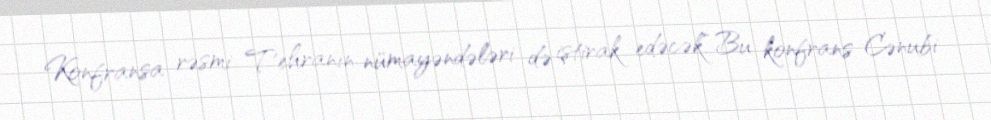
Konfransa rəsmi Tehranın nümayəndələri də iştirak edəcək.“Bu konfrans Cənubi